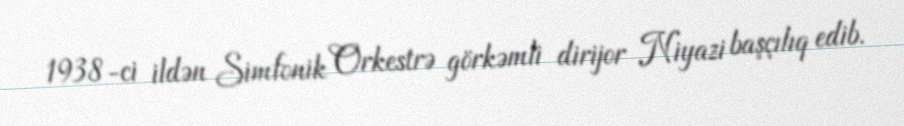
1938-ci ildən Simfonik Orkestrə görkəmli dirijor Niyazi başçılıq edib.